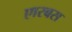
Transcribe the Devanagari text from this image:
एारबस